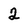
Character: 2